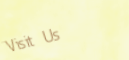
Visit Us